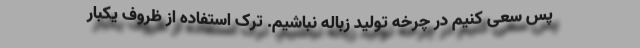
پس سعی کنیم در چرخه تولید زباله نباشیم. ترک استفاده از ظروف یکبار